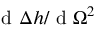
\textrm { d } \Delta { h } / \textrm { d } \Omega ^ { 2 }